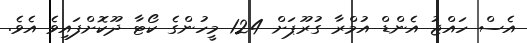
އެސް ހައްޖު އެންޑް އުމްރާ ގުރޫޕަށް 124 މީހުންގެ ކޯޓާ ދޫކޮށްފައިވެ އެވެ.